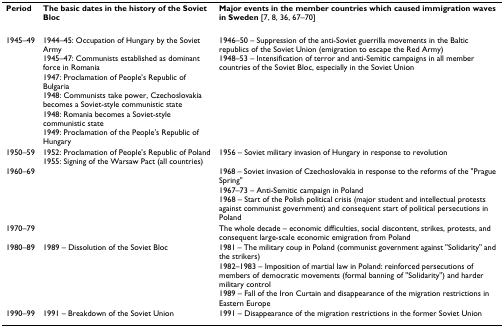
<table><thead><tr><td><b>Period</b></td><td><b>The basic dates in the history of the Soviet Bloc</b></td><td><b>Major events in the member countries which caused immigration waves in Sweden [7, 8, 36, 67–70]</b></td></tr></thead><tbody><tr><td>1945–49</td><td>1944–45: Occupation of Hungary by the Soviet Army1945–47: Communists established as dominant force in Romania1947: Proclamation of People&#x27;s Republic of Bulgaria1948: Communists take power, Czechoslovakia becomes a Soviet-style communistic state1948: Romania becomes a Soviet-style communistic state1949: Proclamation of the People&#x27;s Republic of Hungary</td><td>1946–50 – Suppression of the anti-Soviet guerrilla movements in the Baltic republics of the Soviet Union (emigration to escape the Red Army)1948–53 – Intensification of terror and anti-Semitic campaigns in all member countries of the Soviet Bloc, especially in the Soviet Union</td></tr><tr><td>1950–59</td><td>1952: Proclamation of People&#x27;s Republic of Poland1955: Signing of the Warsaw Pact (all countries)</td><td>1956 – Soviet military invasion of Hungary in response to revolution</td></tr><tr><td>1960–69</td><td></td><td>1968 – Soviet invasion of Czechoslovakia in response to the reforms of the &quot;Prague Spring&quot;1967–73 – Anti-Semitic campaign in Poland1968 – Start of the Polish political crisis (major student and intellectual protests against communist government) and consequent start of political persecutions in Poland</td></tr><tr><td>1970–79</td><td></td><td>The whole decade – economic difficulties, social discontent, strikes, protests, and consequent large-scale economic emigration from Poland</td></tr><tr><td>1980–89</td><td>1989 – Dissolution of the Soviet Bloc</td><td>1981 – The military coup in Poland (communist government against &quot;Solidarity&quot; and the strikers)1982–1983 – Imposition of martial law in Poland: reinforced persecutions of members of democratic movements (formal banning of &quot;Solidarity&quot;) and harder military control1989 – Fall of the Iron Curtain and disappearance of the migration restrictions in Eastern Europe</td></tr><tr><td>1990–99</td><td>1991 – Breakdown of the Soviet Union</td><td>1991 – Disappearance of the migration restrictions in the former Soviet Union</td></tr></tbody></table>